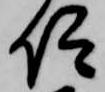
仰